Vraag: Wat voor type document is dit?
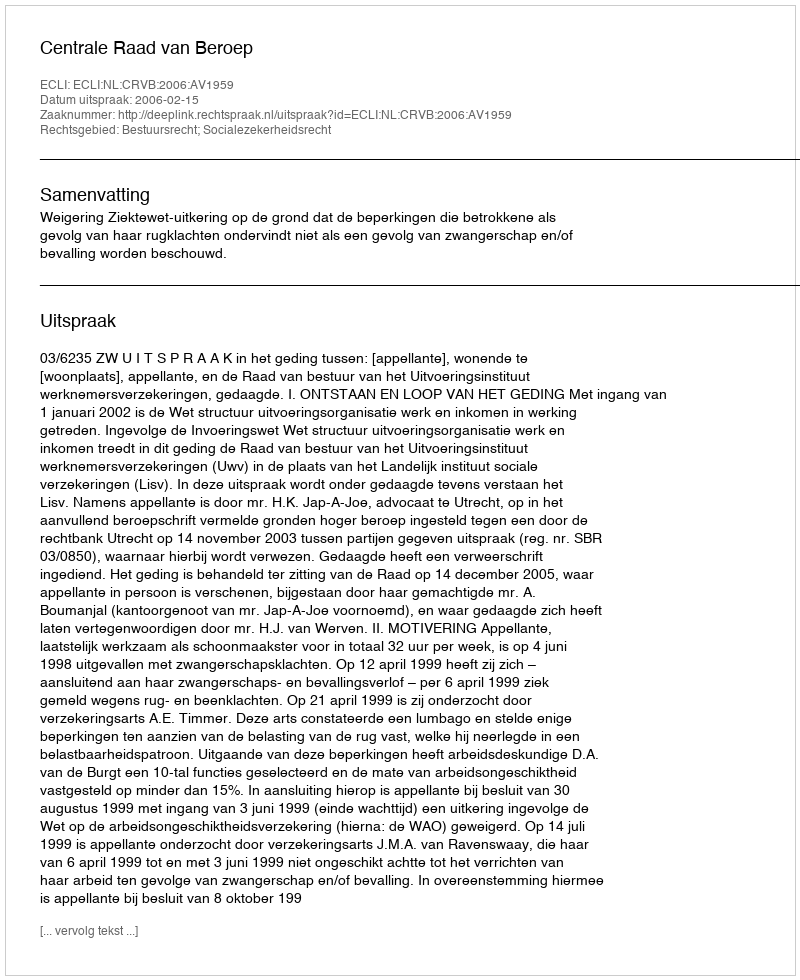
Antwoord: Uitspraak